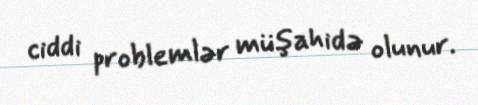
ciddi problemlər müşahidə olunur.